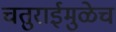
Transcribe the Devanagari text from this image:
चतुराईमुळेच